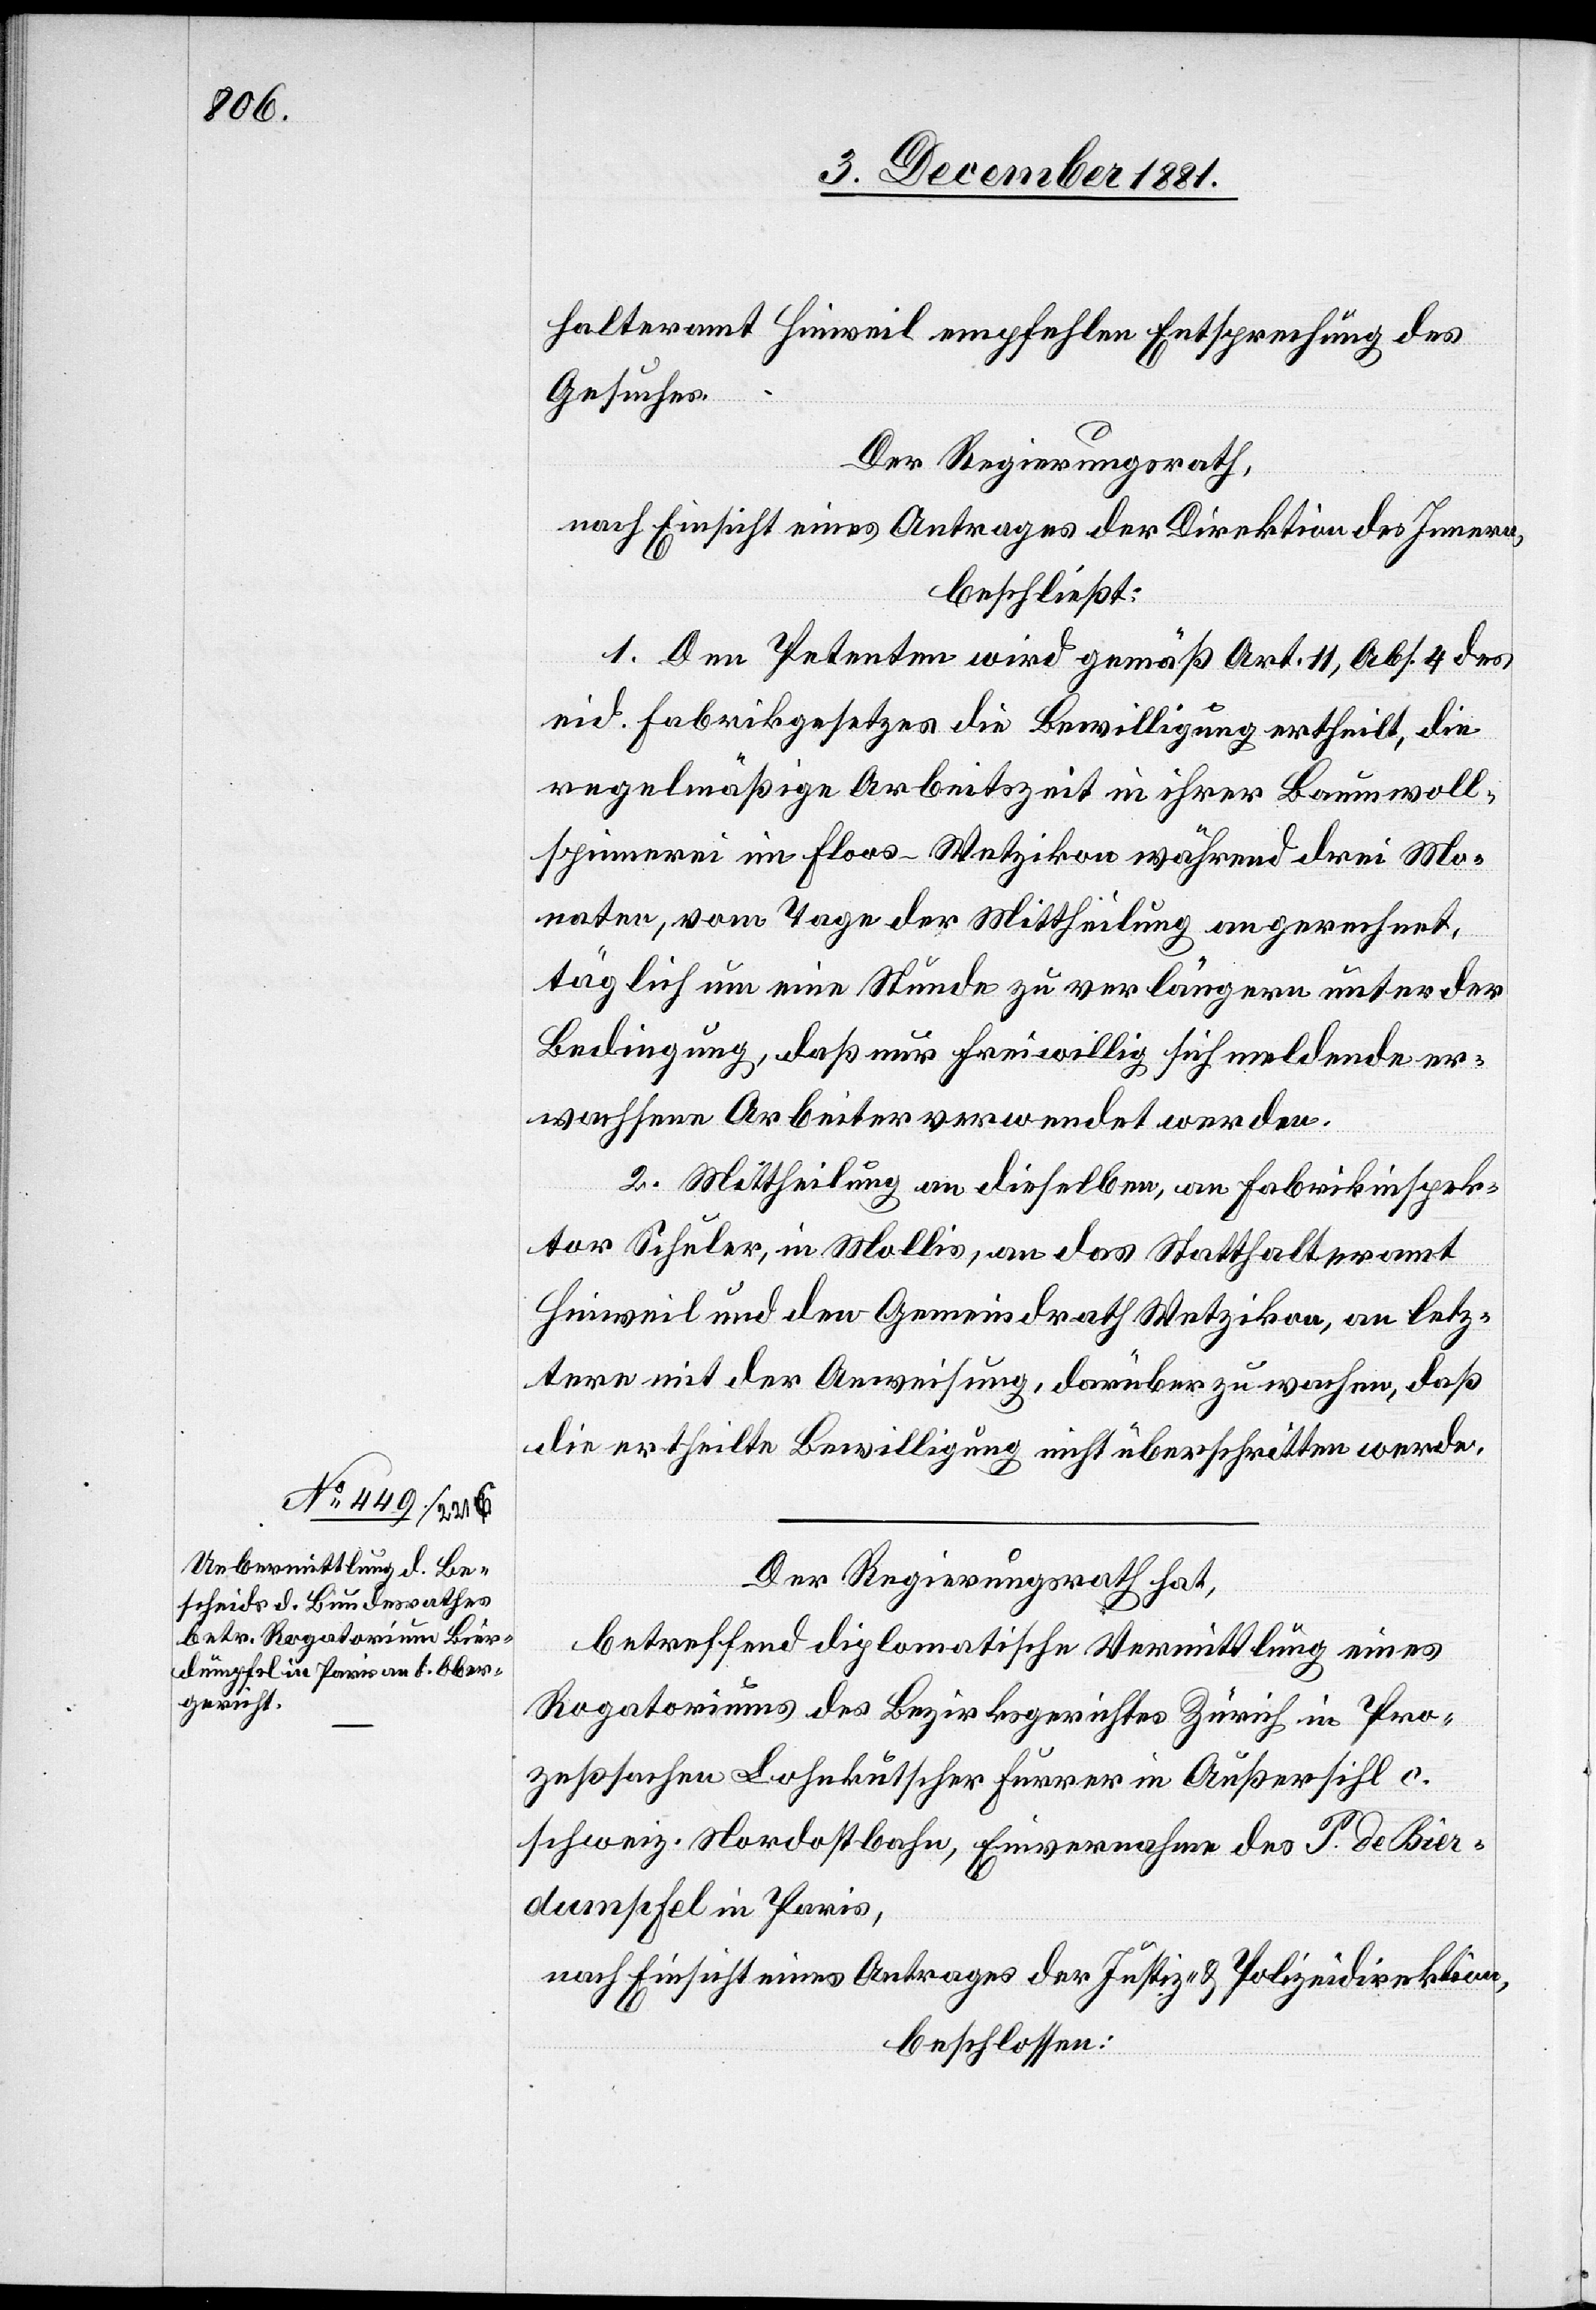
8. December 1881.]
halteramt Hinweil empfehlen Entsprechung des
Gesuches.
Der Regierungsrath,
nach Einsicht eines Antrages der Direktion des Innern,
beschließt:
1. Den Petenten wird gemäß Art. 11, Abs. 4 des
eid. Fabrikgesetzes die Bewilligung ertheilt, die
regelmäßige Arbeitszeit in ihrer Baumwoll¬
spinnerei im Floos - Wetzikon während drei Mo¬
naten, vom Tage der Mittheilung an gerechnet,
täglich um eine Stunde zu verlängern+ unter der
Bedingung, daß nur freiwillig sich meldende er¬
wachsene Arbeiter verwendet werden.
2. Mittheilung an dieselben, an Fabrikinspek¬
tor Schuler, in Mollis, an das Statthalteramt
Hinweil und an den Gemeindrath Wetzikon, an letz¬
tere mit der Anweisung, darüber zu wachen, daß
die ertheilte Bewilligung nicht überschritten werde.
Der Regierungsrath hat,
betreffend diplomatische Vermittlung eines
Rogatoriums des Bezirksgerichtes Zürich in Pro¬
zeßsachen Lohnkutscher Furrer in Außersihl c.
schweiz. Nordostbahn, Einvernahme des S. de Bierd¬
umpfel [sic!] in Paris,
nach Einsicht eines Antrages der Justiz- & Polizeidirektion,
beschlossen: